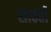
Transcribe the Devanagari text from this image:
साठही